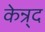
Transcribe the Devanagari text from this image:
केन्र्द